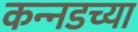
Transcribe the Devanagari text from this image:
कन्‍नडच्या